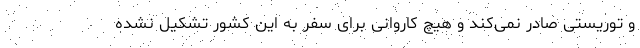
و توریستی صادر نمی‌کند و هیچ کاروانی برای سفر به این کشور تشکیل نشده